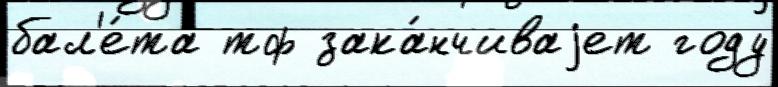
бал'е́та тф зака́нчиваjет году